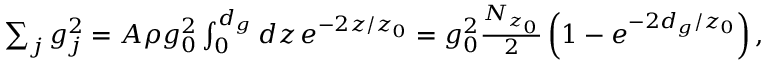
\begin{array} { r } { \sum _ { j } g _ { j } ^ { 2 } = A \rho g _ { 0 } ^ { 2 } \int _ { 0 } ^ { d _ { g } } d z \, e ^ { - 2 z / z _ { 0 } } = g _ { 0 } ^ { 2 } \frac { N _ { z _ { 0 } } } { 2 } \left( 1 - e ^ { - 2 d _ { g } / z _ { 0 } } \right) , } \end{array}